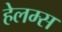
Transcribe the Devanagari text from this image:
हेलम्स